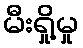
မီးရှို့မှု